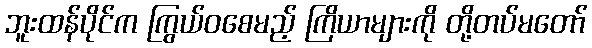
ဘူးထန်ပိုင်က ကြွယ်ဝစေမည့် ကြိယာများကို တို့တပ်မတော်